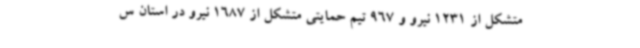
متشکل از 1231 نیرو و 967 تیم حمایتی متشکل از 1687 نیرو در استان س